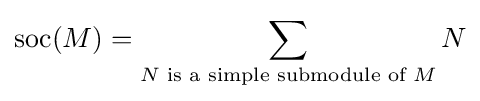
\mathrm {soc} (M)=\sum _{N{\text{ is a simple submodule of }}M}N